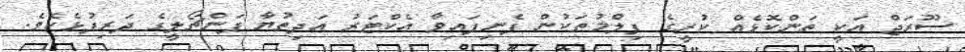
ސޫރަޖް އަކީ ތަންކޮޅެއް ކުރީގެ ފިލްމުތަކުން ފެނިފައިވާ އެކްޓަރު އަދިތުޔާ ޕަންޗޯލީގެ ދަރިފުޅެކެވެ.